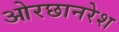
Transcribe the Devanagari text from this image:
ओरछानरेश